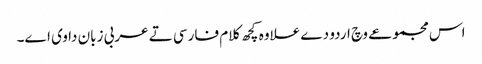
اس مجموعے وچ اردو دے علاوہ کچھ کلام فارسی تے عربی زبان دا وی ا‏‏ے۔